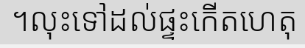
។លុះទៅដល់ផ្ទះកើតហេតុ